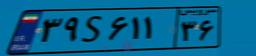
۳۹S۶۱۱۳۶